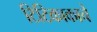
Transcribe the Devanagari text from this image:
टिटिकाकाचे